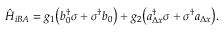
\begin{array} { r } { \hat { H } _ { i B A } = g _ { 1 } \big ( b _ { 0 } ^ { \dagger } \sigma + \sigma ^ { \dagger } b _ { 0 } \big ) + g _ { 2 } \big ( a _ { \Delta x } ^ { \dagger } \sigma + \sigma ^ { \dagger } a _ { \Delta x } \big ) . } \end{array}